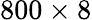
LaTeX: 800\times 8